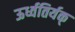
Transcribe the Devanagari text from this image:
ऊर्ध्वतिर्यक्‌